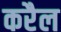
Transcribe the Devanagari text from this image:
करैल